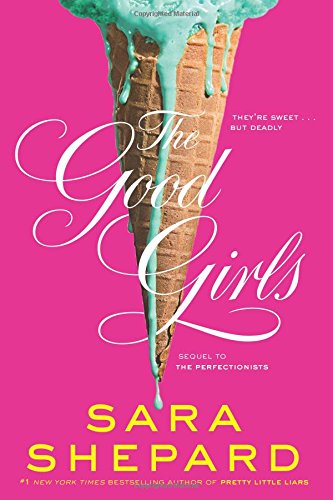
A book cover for The Good Girls (Perfectionists); Sara Shepard; Teen & Young Adult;